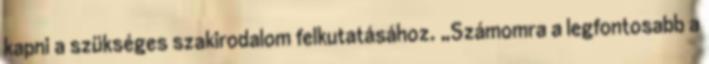
kapni a szükséges szakirodalom felkutatásához. „Számomra a legfontosabb a